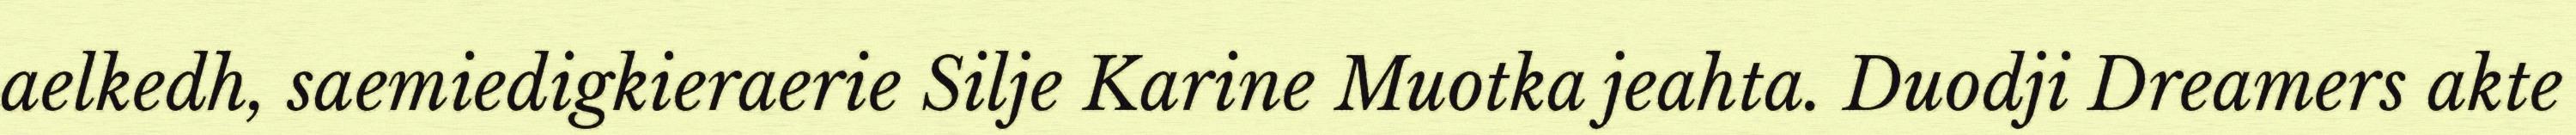
aelkedh, saemiedigkieraerie Silje Karine Muotka jeahta. Duodji Dreamers akte